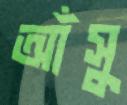
আঁসু